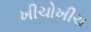
ખીચોખીચ